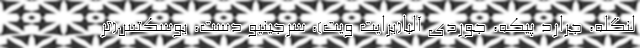
لنگله، جرارد پیکه، جوردی آلبا(برایت ویت)، سرجینیو دِست، بوسکتس(تر